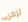
لزمن